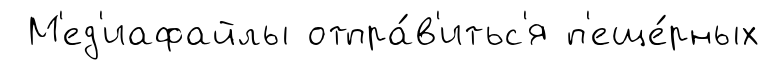
М'ед'иафайлы отпра́в'итьс'я п'еще́рных